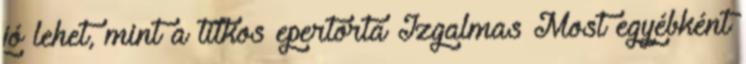
jó lehet, mint a titkos epertorta Izgalmas Most egyébként